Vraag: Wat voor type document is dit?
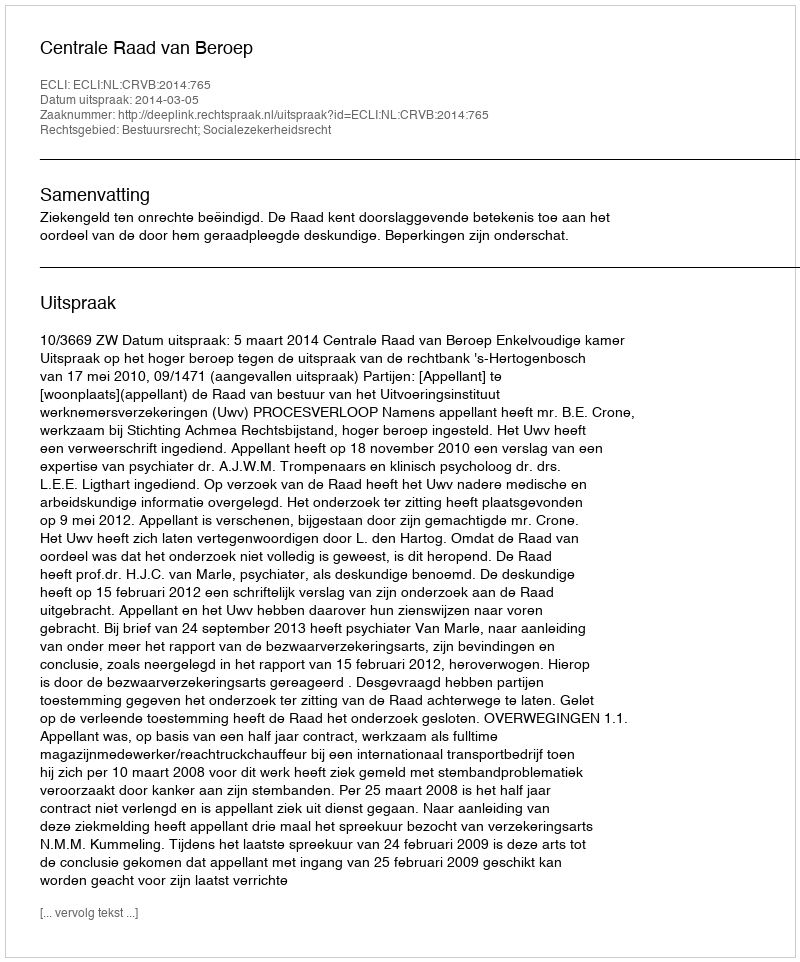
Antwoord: Uitspraak